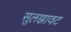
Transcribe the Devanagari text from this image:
सुलझावट